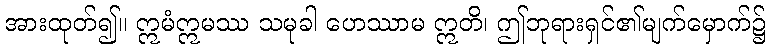
အားထုတ်၍။ ဣမံဣမဿ သမုခါ ဟေဿာမ ဣတိ၊ ဤဘုရားရှင်၏မျက်မှောက်၌